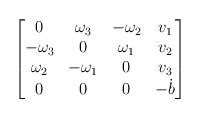
LaTeX: \begin{align*}\begin{bmatrix} 0 & \omega_{3} & -\omega_{2} & v_{1} \\ -\omega_{3} & 0 & \omega_{1} & v_{2}\\\omega_{2} & -\omega_{1} & 0 & v_{3} \\0 & 0 & 0 & -\dot{b}\end{bmatrix}\end{align*}